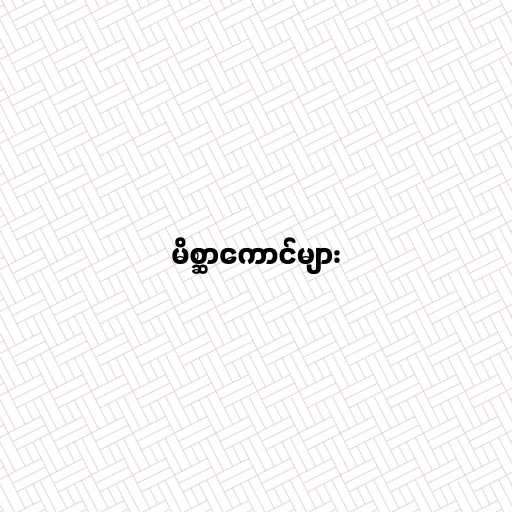
မိစ္ဆာကောင်များ